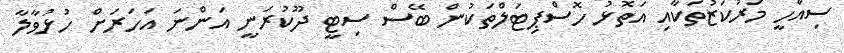
ސިއްހީ މަރުކަޒުތަކާއި އަތޮޅު ހޮސްޕިޓަލްތަކުން ބޭސް ސިޓީ ދޫކުރަނީ އަންނަ އަހަރަށް ހުޅުވާލާ